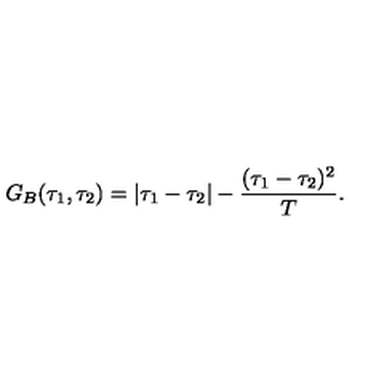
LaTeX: G _ { B } ( \tau _ { 1 } , \tau _ { 2 } ) = | \tau _ { 1 } - \tau _ { 2 } | - { \frac { ( \tau _ { 1 } - \tau _ { 2 } ) ^ { 2 } } { T } } .